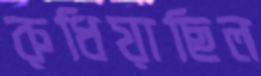
রুধিয়াছিল